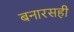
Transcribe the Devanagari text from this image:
बनारसही